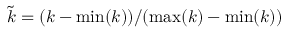
\tilde { k } = ( k - \operatorname* { m i n } ( k ) ) / ( \operatorname* { m a x } ( k ) - \operatorname* { m i n } ( k ) )